Burma Government Medical School reports 1923-41
Year: 1923
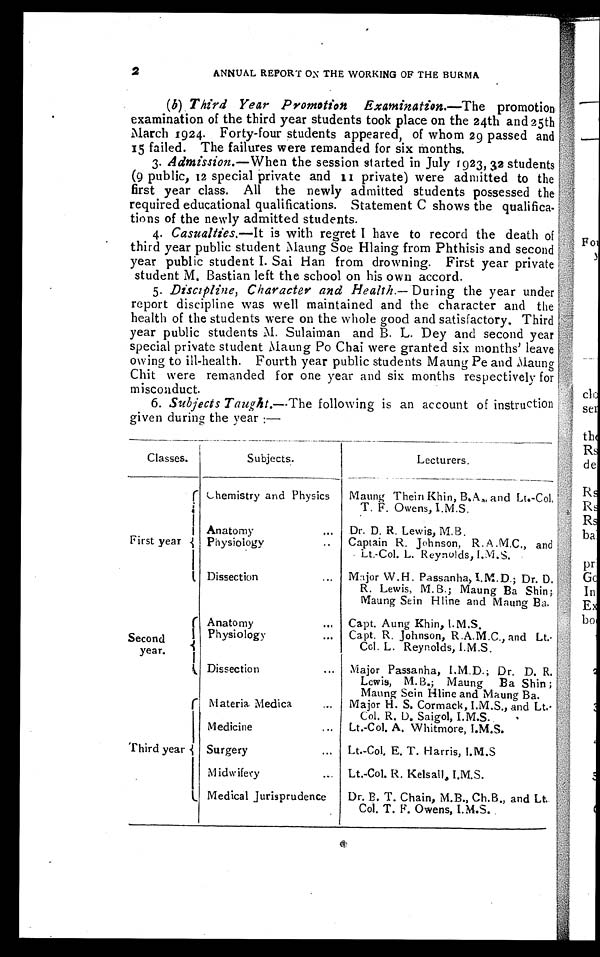
2
ANNUAL REPORT ON THE WORKING OF THE BURMA
( b) Third Year Promotion Examination.— The promotion
examination of the third year students took place on the 24th and 25th
March 1924. Forty-four students appeared, of whom 29 passed and
15 failed. The failures were remanded for six months.
3.
Admission.—When the session started in July 1923, 32 students
(9 public, 12 special private and 11 private) were admitted to the
first year class. All the newly admitted students possessed the
required educational qualifications. Statement C shows the qualifica
-tions of the newly admitted students.
4.
Casualties.—It is with regret I have to record the death of
third year public student Maung Soe Hlaing from Phthisis and second
year public student I. Sai Han from drowning. First year private
student M. Bastian left the school on his own accord.
5.
Discipline, Character and Health.— During the year under
report discipline was well maintained and the character and the
health of the students were on the whole good and satisfactory. Third
year public students M. Sulaiman and B. L. Dey and second year
special private student Maung Po Chai were granted six months' leave
owing to ill-health. Fourth year public students Maung Pe and Maung
Chit were remanded for one year and six months respectively for
misconduct.
6.
Subjects Taught.— The following is an account of instruction
given during the year:—
Classes.
Subjects.
Lecturers.
First year
Chemistry and Physics
Maung Thein Khin, B.A., and Lt.-Col.
T. F. Owens, I.M.S.
Anatomy . . .
Dr. D. R. Lewis, M.B.
Physiology . . .
Captain R. Johnson, R. A .M.C., and
Lt.-Col. L. Reynolds, I.M.S.
Dissection . . .
Major W.H. Passanha, I.M.D; Dr. D.
R. Lewis, M.B; Maung Ba Shin;
Maung Sein Hline and Maung Ba.
Second
y e a r .
Anatomy . . .
Capt. Aung Khin, I.M.S.
Physiology . . .
Capt. R. Johnson, R.A.M.C., and Lt.
Col. L. Reynolds, I.M.S.
Dissection . . .
Major Passanha, I.M.D., Dr. D. R.
Lewis, M. B.; Maung Ba Shin;
Maung Sein Hline and Maung Ba.
Third year
Materia Medica . . .
Major H. S. Cormack, I.M.S., and Lt.
Col. R. D. Saigol, I.M.S.
Medicine . . .
Lt.-Col. A. Whitmore, I.M.S.
Surgery . . .
Lt.-Col. E. T. Harris, I.M.S
Midwifery . . .
Lt.-Col. R. Kelsall. I.M.S.
Medical Jurisprudence
Dr. B. T. Chain, M.B., Ch.B., and Lt.
Col. T. F. Owens, I.M.S.